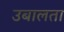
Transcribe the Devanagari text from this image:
उबालता